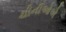
ચીનીઓએ